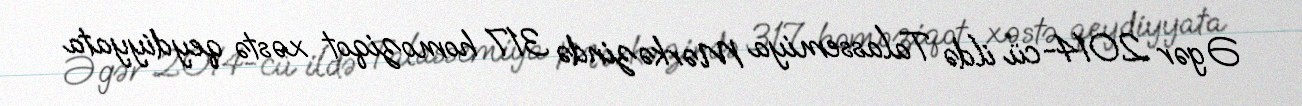
Əgər 2014-cü ildə Talassemiya Mərkəzində 317 homoziqot xəstə qeydiyyata